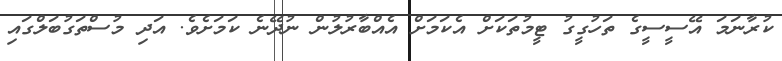
ކުރާނަމަ އޭސީސީގެ ތަހުގީގު ޓީމުތަކަށް އެކަމަށް އެއްބާރުލުން ނުދޭނެ ކަމަށެވެ. އަދި މުސްތަގުބަލްގައި